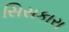
સિસકારા